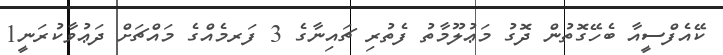
ކޭއެފްސީއާ ބެހޭގޮތުން ދޮގު މަޢުލޫމާތު ފެތުރި ޗައިނާގެ 3 ފަރމެއްގެ މައްޗަށް ދަޢުވާކުރަނީ1